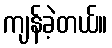
ကျန်ခဲ့တယ်။